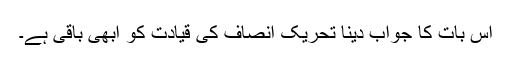
اس بات کا جواب دینا تحریک انصاف کی قیادت کو ابھی باقی ہے۔